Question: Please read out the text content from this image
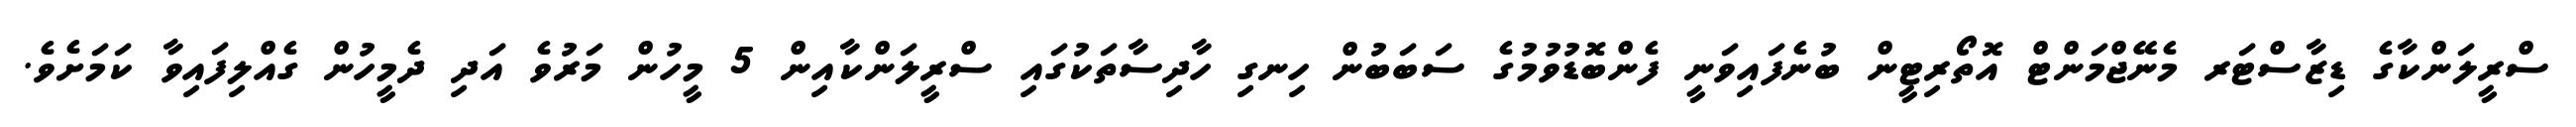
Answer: ސްރީލަންކާގެ ޑިޒާސްޓަރ މެނޭޖްމަންޓް އޮތޯރިޓީން ބުނެފައިވަނީ ފެންބޮޑުވުމުގެ ސަބަބުން ހިނގި ހާދިސާތަކުގައި ސްރީލަންކާއިން 5 މީހުން މަރުވެ އަދި ދެމީހުން ގެއްލިފައިވާ ކަމަށެވެ.